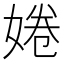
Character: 婘